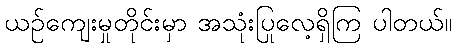
ယဉ်ကျေးမှုတိုင်းမှာ အသုံးပြုလေ့ရှိကြ ပါတယ်။